Report of the Indian Hemp Drugs Commission, 1894-1895 - Volume V
Year: 1894
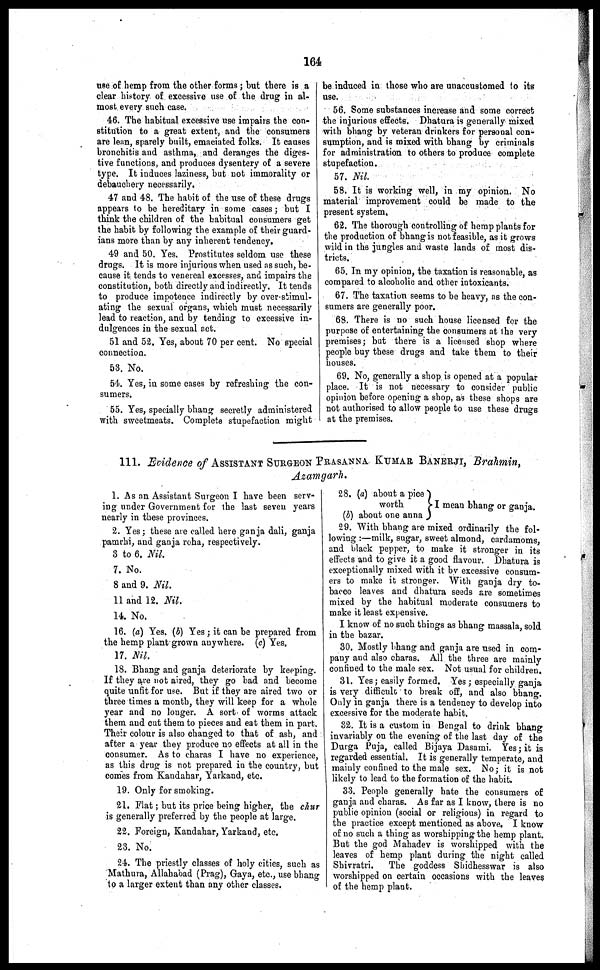
164
use of hemp from the other forms; but there is a
clear history of excessive use of the drug in al-
most every such case.
46. The habitual excessive use impairs the con-
stitution to a great extent, and the consumers
are lean, sparely built, emaciated folks. It causes
bronchitis and asthma, and deranges the diges-
tive functions, and produces dysentery of a severe
type. It induces laziness, but not immorality or
debauchery necessarily.
47 and 48. The habit of the use of these drugs
appears to be hereditary in some cases; but I
think the children of the habitual consumers get
the habit by following the example of their guard-
ians more than by any inherent tendency.
49 and 50. Yes. Prostitutes seldom use these
drugs. It is more injurious when used as such, be-
cause it tends to venereal excesses, and impairs the
constitution, both directly and indirectly. It tends
to produce impotence indirectly by over-stimul-
ating the sexual organs, which must necessarily
lead to reaction, and by tending to excessive in-
dulgences in the sexual act.
51 and 52. Yes, about 70 per cent. No special
connection.
53. No.
54. Yes, in some cases by refreshing the con-
sumers.
55. Yes, specially bhang secretly administered
with sweetmeats. Complete stupefaction might
be induced in those who are unaccustomed to its
use.
56. Some substances increase and some correct
the injurious effects. Dhatura is generally mixed
with bhang by veteran drinkers for personal con-
sumption, and is mixed with bhang by criminals
for administration to others to produce complete
stupefaction.
57. Nil.
58. It is working well, in my opinion. No
material improvement could be made to the
present system,
62. The thorough controlling of hemp plants for
the production of bhang is not feasible, as it grows
wild in the jungles and waste lands of most dis-
tricts.
65. In my opinion, the taxation is reasonable, as
compared to alcoholic and other intoxicants.
67. The taxation seems to be heavy, as the con-
sumers are generally poor.
68. There is no such house licensed for the
purpose of entertaining the consumers at the very
premises; but there is a licensed shop where
people buy these drugs and take them to their
houses.
69. No, generally a shop is opened at a popular
place. It is not necessary to consider public
opinion before opening a shop, as these shops are
not authorised to allow people to use these drugs
at the premises.
111. Evidence of ASSISTANT SURGEON PRASANNA KUMAR BANERJI, Brahmin,
Azamgarh.
1. As an Assistant Surgeon I have been serv-
ing under Government for the last seven years
nearly in these provinces.
2. Yes; these are called here ganja dali, ganja
pamrhi, and ganja roha, respectively.
3 to 6. Nil.
7. No.
8 and 9. Nil.
11 and 12. Nil.
14. No.
16. (a) Yes. (b) Yes; it can be prepared from
the hemp plant grown anywhere. (c) Yes.
17. Nil.
18. Bhang and ganja deteriorate by keeping.
If they are not aired, they go bad and become
quite unfit for use. But if they are aired two or
three times a month, they will keep for a whole
year and no longer. A sort of worms attack
them and cut them to pieces and eat them in part.
Their colour is also changed to that of ash, and
after a year they produce no effects at all in the
consumer. As to charas I have no experience,
as this drug is not prepared in the country, but
comes from Kandahar, Yarkand, etc.
19. Only for smoking.
21. Flat; but its price being higher, the chur
is generally preferred by the people at large.
22. Foreign, Kandahar, Yarkand, etc.
23. No.
24. The priestly classes of holy cities, such as
Mathura, Allahabad (Prag), Gaya, etc., use bhang
to a larger extent than any other classes.
28. (a) about a pice
worth
(b) about one anna
I mean bhang or ganja.
29. With bhang are mixed ordinarily the fol-
lowing:—milk, sugar, sweet almond, cardamoms,
and black pepper, to make it stronger in its
effects and to give it a good flavour. Dhatura is
exceptionally mixed with it by excessive consum-
ers to make it stronger. With ganja dry to-
bacco leaves and dhatura seeds are sometimes
mixed by the habitual moderate consumers to
make it least expensive.
I know of no such things as bhang massala, sold
in the bazar.
30. Mostly bhang and ganja are used in com-
pany and also charas. All the three are mainly
confined to the male sex. Not usual for children.
31. Yes; easily formed. Yes; especially ganja
is very difficult to break off, and also bhang.
Only in ganja there is a tendency to develop into
excessive for the moderate habit.
32. It is a custom in Bengal to drink bhang
invariably on the evening of the last day of the
Durga Puja, called Bijaya Dasami. Yes; it is
regarded essential. It is generally temperate, and
mainly confined to the male sex. No; it is not
likely to lead to the formation of the habit.
33. People generally hate the consumers of
ganja and charas. As far as I know, there is no
public opinion (social or religious) in regard to
the practice except mentioned as above, I know
of no such a thing as worshipping the hemp plant.
But the god Mahadev is worshipped with the
leaves of hemp plant during the night called
Shivratri.
The goddess Shidhesswar is also
worshipped on certain occasions with the leaves
of the hemp plant.